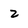
Character: 2